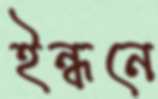
ইন্ধনে